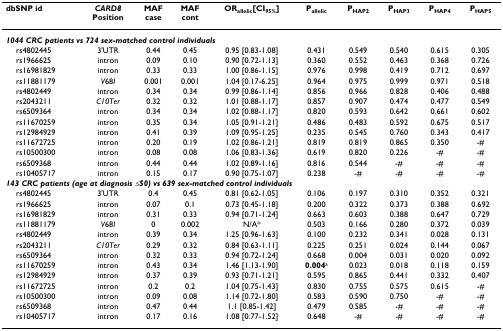
<table><thead><tr><td><b>dbSNP id</b></td><td><b><i>CARD8</i>Position</b></td><td><b>MAFcase</b></td><td><b>MAFcont</b></td><td><b>OR<sub>allelic</sub>[CI<sub>95%</sub>]</b></td><td><b>P<sub>allelic</sub></b></td><td><b>P<sub>HAP2</sub></b></td><td><b>P<sub>HAP3</sub></b></td><td><b>P<sub>HAP4</sub></b></td><td><b>P<sub>HAP5</sub></b></td></tr></thead><tbody><tr><td colspan="10"><b><i>1044 CRC patients vs 724 sex-matched control individuals</i></b></td></tr><tr><td> rs4802445</td><td>3&#x27;UTR</td><td>0.44</td><td>0.45</td><td>0.95 [0.83-1.08]</td><td>0.431</td><td>0.549</td><td>0.540</td><td>0.615</td><td>0.305</td></tr><tr><td> rs1966625</td><td>intron</td><td>0.09</td><td>0.10</td><td>0.90 [0.72-1.13]</td><td>0.360</td><td>0.552</td><td>0.463</td><td>0.368</td><td>0.726</td></tr><tr><td> rs16981829</td><td>intron</td><td>0.33</td><td>0.33</td><td>1.00 [0.86-1.15]</td><td>0.976</td><td>0.998</td><td>0.419</td><td>0.712</td><td>0.697</td></tr><tr><td> rs11881179</td><td><i>V</i>68<i>I</i></td><td>0.001</td><td>0.001</td><td>1.04 [0.17-6.25]</td><td>0.964</td><td>0.975</td><td>0.999</td><td>0.971</td><td>0.518</td></tr><tr><td> rs4802449</td><td>intron</td><td>0.34</td><td>0.34</td><td>0.99 [0.86-1.14]</td><td>0.856</td><td>0.966</td><td>0.828</td><td>0.406</td><td>0.488</td></tr><tr><td> rs2043211</td><td><i>C10Ter</i></td><td>0.32</td><td>0.32</td><td>1.01 [0.88-1.17]</td><td>0.857</td><td>0.907</td><td>0.474</td><td>0.477</td><td>0.549</td></tr><tr><td> rs6509364</td><td>intron</td><td>0.34</td><td>0.34</td><td>1.02 [0.88-1.17]</td><td>0.820</td><td>0.593</td><td>0.642</td><td>0.661</td><td>0.602</td></tr><tr><td> rs11670259</td><td>intron</td><td>0.35</td><td>0.34</td><td>1.05 [0.91-1.21]</td><td>0.486</td><td>0.483</td><td>0.592</td><td>0.675</td><td>0.517</td></tr><tr><td> rs12984929</td><td>intron</td><td>0.41</td><td>0.39</td><td>1.09 [0.95-1.25]</td><td>0.235</td><td>0.545</td><td>0.760</td><td>0.343</td><td>0.417</td></tr><tr><td> rs11672725</td><td>intron</td><td>0.20</td><td>0.19</td><td>1.02 [0.86-1.21]</td><td>0.819</td><td>0.819</td><td>0.865</td><td>0.350</td><td>-#</td></tr><tr><td> rs10500300</td><td>intron</td><td>0.08</td><td>0.08</td><td>1.06 [0.83-1.36]</td><td>0.619</td><td>0.820</td><td>0.226</td><td>-#</td><td>-#</td></tr><tr><td> rs6509368</td><td>intron</td><td>0.44</td><td>0.44</td><td>1.02 [0.89-1.16]</td><td>0.816</td><td>0.544</td><td>-#</td><td>-#</td><td>-#</td></tr><tr><td> rs10405717</td><td>intron</td><td>0.15</td><td>0.17</td><td>0.90 [0.75-1.07]</td><td>0.238</td><td>-#</td><td>-#</td><td>-#</td><td>-#</td></tr><tr><td colspan="10"><b><i>143 CRC patients (age at diagnosis ≤50) vs 639 sex-matched control individuals</i></b></td></tr><tr><td> rs4802445</td><td>3&#x27;UTR</td><td>0.4</td><td>0.45</td><td>0.81 [0.62-1.05]</td><td>0.106</td><td>0.197</td><td>0.310</td><td>0.352</td><td>0.321</td></tr><tr><td> rs1966625</td><td>intron</td><td>0.07</td><td>0.1</td><td>0.73 [0.45-1.18]</td><td>0.200</td><td>0.322</td><td>0.373</td><td>0.388</td><td>0.692</td></tr><tr><td> rs16981829</td><td>intron</td><td>0.31</td><td>0.33</td><td>0.94 [0.71-1.24]</td><td>0.663</td><td>0.603</td><td>0.388</td><td>0.647</td><td>0.729</td></tr><tr><td> rs11881179</td><td><i>V</i>68<i>I</i></td><td>0</td><td>0.002</td><td>N/A*</td><td>0.503</td><td>0.166</td><td>0.280</td><td>0.372</td><td>0.039</td></tr><tr><td> rs4802449</td><td>intron</td><td>0.39</td><td>0.34</td><td>1.25 [0.96-1.63]</td><td>0.100</td><td>0.232</td><td>0.341</td><td>0.028</td><td>0.131</td></tr><tr><td> rs2043211</td><td><i>C10Ter</i></td><td>0.29</td><td>0.32</td><td>0.84 [0.63-1.11]</td><td>0.225</td><td>0.251</td><td>0.024</td><td>0.144</td><td>0.067</td></tr><tr><td> rs6509364</td><td>intron</td><td>0.32</td><td>0.33</td><td>0.94 [0.72-1.24]</td><td>0.668</td><td>0.004</td><td>0.031</td><td>0.020</td><td>0.092</td></tr><tr><td> rs11670259</td><td>intron</td><td>0.43</td><td>0.34</td><td>1.46 [1.13-1.90]</td><td><b>0.004</b><sup>a</sup></td><td>0.023</td><td>0.018</td><td>0.118</td><td>0.159</td></tr><tr><td> rs12984929</td><td>intron</td><td>0.37</td><td>0.39</td><td>0.93 [0.71-1.21]</td><td>0.595</td><td>0.865</td><td>0.441</td><td>0.332</td><td>0.407</td></tr><tr><td> rs11672725</td><td>intron</td><td>0.2</td><td>0.2</td><td>1.04 [0.75-1.43]</td><td>0.830</td><td>0.755</td><td>0.575</td><td>0.615</td><td>-#</td></tr><tr><td> rs10500300</td><td>intron</td><td>0.09</td><td>0.08</td><td>1.14 [0.72-1.80]</td><td>0.583</td><td>0.590</td><td>0.750</td><td>-#</td><td>-#</td></tr><tr><td> rs6509368</td><td>intron</td><td>0.47</td><td>0.44</td><td>1.1 [0.85-1.42]</td><td>0.479</td><td>0.585</td><td>-#</td><td>-#</td><td>-#</td></tr><tr><td> rs10405717</td><td>intron</td><td>0.17</td><td>0.16</td><td>1.08 [0.77-1.52]</td><td>0.648</td><td>-#</td><td>-#</td><td>-#</td><td>-#</td></tr></tbody></table>